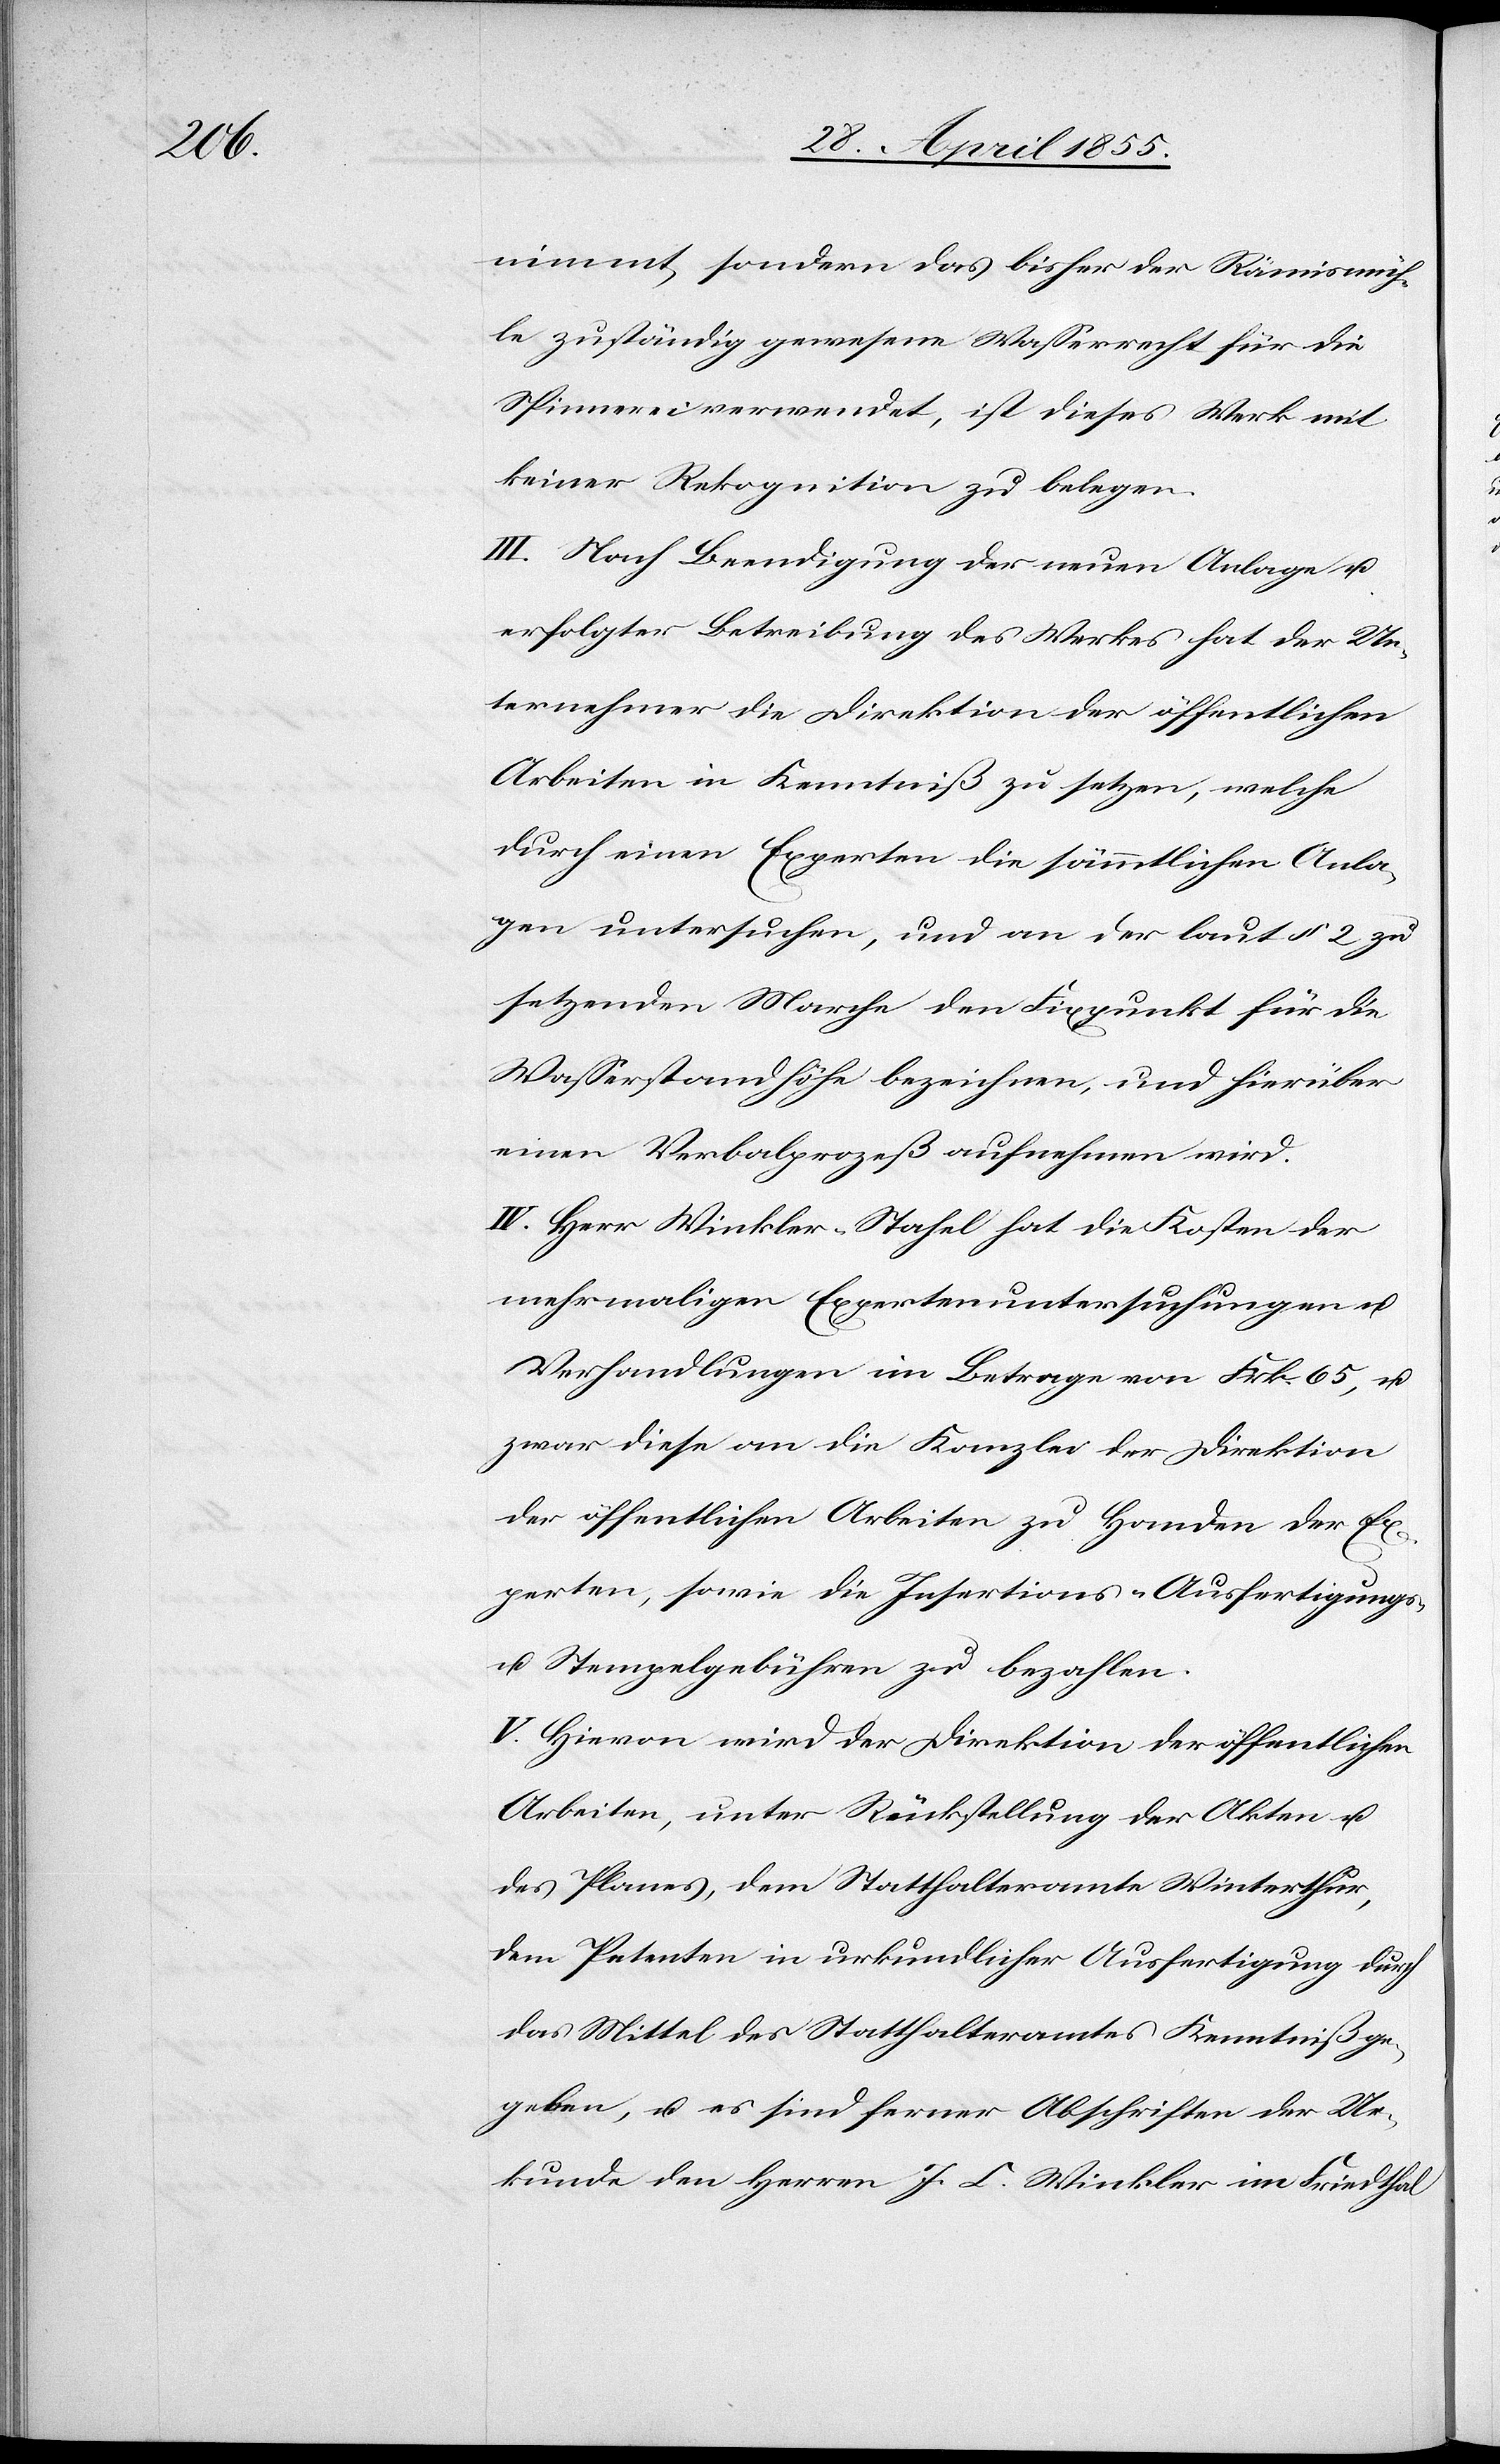
nimmt, sondern das bisher der Rämismüh¬
le zuständig gewesene Wasserrecht für die
Spinnerei verwendet, ist dieses Werk mit
keiner Rekognition zu belegen.
III. Nach Beendigung der neuen Anlage u.
erfolgter Betreibung des Werkes hat der Un¬
ternehmer die Direktion der öffentlichen
Arbeiten in Kenntniß zu setzen, welche
durch einen Experten die sämmtlichen Anla¬
gen untersuchen, und an der laut § 2 zu
setzenden Marche den Fixpunkt für die
Wasserstandhöhe bezeichnen, und hierüber
einen Verbalprozeß aufnehmen wird.
IV. Herr Winkler-Stahel hat die Kosten der
mehrmaligen Expertenuntersuchungen u.
Verhandlungen im Betrage von Frk. 65, u.
zwar diese an die Kanzlei der Direktion
der öffentlichen Arbeiten zu Handen der Ex¬
perten, sowie die Insertions-[,] Ausfertigungs-
u. Stempelgebühren zu bezahlen.
V. Hievon wird der Direktion der öffentlichen
Arbeiten, unter Rückstellung der Akten u.
des Planes, dem Statthalteramte Winterthur,
dem Petenten in urkundlicher Ausfertigung durch
das Mittel des Statthalteramtes Kenntniß ge¬
geben, u. es sind ferner Abschriften der Ur¬
kunde den Herren J. C. Winkler im Friedthal